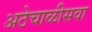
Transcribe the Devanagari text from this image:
अठेचाळीसवा